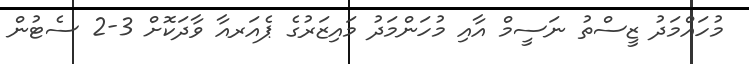
މުހައްމަދު ޒީސްތު ނަސީމް އާއި މުހަންމަދު މައިޒަރުގެ ޕެއަރއާ ވާދަކޮށް 3-2 ސެޓުން